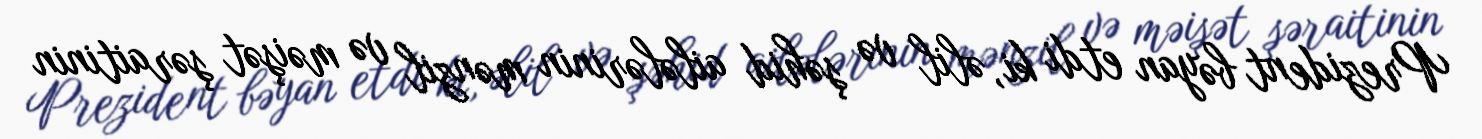
Prezident bəyan etdi ki, əlil və şəhid ailələrinin mənzil və məişət şəraitinin